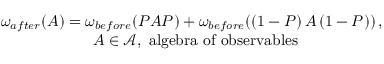
\begin{array} { c } { { \omega _ { a f t e r } ( A \mathcal { ) = } \omega _ { b e f o r e } ( P A P ) + \omega _ { b e f o r e } ( \left( 1 - P \right) A \left( 1 - P \right) ) \, , \, \, } } \\ { { \, \, \, A \mathcal { \in A } , \, \, \mathrm { a l g e b r a ~ o f ~ o b s e r v a b l e s ~ } } } \end{array}